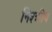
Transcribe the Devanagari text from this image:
निश्क्रीय